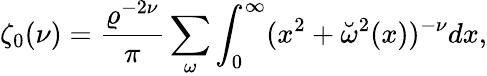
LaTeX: \zeta_{0}(\nu)={\frac{\varrho^{-2\nu}}{\pi}}\sum_{\omega}\int_{0}^{\infty}(x^{2}+\breve{\omega}^{2}(x))^{-\nu}dx,